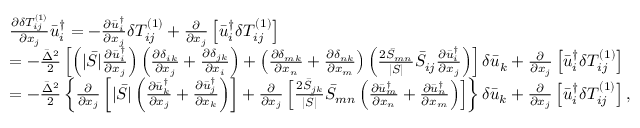
\begin{array} { l } { \frac { { \partial \delta T _ { i j } ^ { \left( 1 \right) } } } { { \partial { x _ { j } } } } \bar { u } _ { i } ^ { \dag } = - \frac { { \partial \bar { u } _ { i } ^ { \dag } } } { { \partial { x _ { j } } } } \delta T _ { i j } ^ { \left( 1 \right) } + \frac { \partial } { { \partial { x _ { j } } } } \left[ { \bar { u } _ { i } ^ { \dag } \delta T _ { i j } ^ { \left( 1 \right) } } \right] } \\ { = - \frac { { { { \bar { \Delta } } ^ { 2 } } } } { 2 } \left[ { \left( { | \bar { S } | \frac { { \partial \bar { u } _ { i } ^ { \dag } } } { { \partial { x _ { j } } } } } \right) \left( { \frac { { \partial { \delta _ { i k } } } } { { \partial { x _ { j } } } } + \frac { { \partial { \delta _ { j k } } } } { { \partial { x _ { i } } } } } \right) + \left( { \frac { { \partial { \delta _ { m k } } } } { { \partial { x _ { n } } } } + \frac { { \partial { \delta _ { n k } } } } { { \partial { x _ { m } } } } } \right) \left( { \frac { { 2 { { \bar { S } } _ { m n } } } } { { | \bar { S } | } } { { \bar { S } } _ { i j } } \frac { { \partial \bar { u } _ { i } ^ { \dag } } } { { \partial { x _ { j } } } } } \right) } \right] \delta { { \bar { u } } _ { k } } + \frac { \partial } { { \partial { x _ { j } } } } \left[ { \bar { u } _ { i } ^ { \dag } \delta T _ { i j } ^ { \left( 1 \right) } } \right] } \\ { = - \frac { { { { \bar { \Delta } } ^ { 2 } } } } { 2 } \left\{ { \frac { \partial } { { \partial { x _ { j } } } } \left[ { | \bar { S } | \left( { \frac { { \partial \bar { u } _ { k } ^ { \dag } } } { { \partial { x _ { j } } } } + \frac { { \partial \bar { u } _ { j } ^ { \dag } } } { { \partial { x _ { k } } } } } \right) } \right] + \frac { \partial } { { \partial { x _ { j } } } } \left[ { \frac { { 2 { { \bar { S } } _ { j k } } } } { { | \bar { S } | } } { { \bar { S } } _ { m n } } \left( { \frac { { \partial \bar { u } _ { m } ^ { \dag } } } { { \partial { x _ { n } } } } + \frac { { \partial \bar { u } _ { n } ^ { \dag } } } { { \partial { x _ { m } } } } } \right) } \right] } \right\} \delta { { \bar { u } } _ { k } } + \frac { \partial } { { \partial { x _ { j } } } } \left[ { \bar { u } _ { i } ^ { \dag } \delta T _ { i j } ^ { \left( 1 \right) } } \right] , } \end{array}